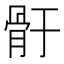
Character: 骬